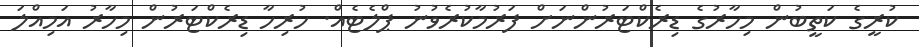
ކުރީގެ ކަތީބުން މިހާރުގެ ޑިރެކްޓަރުންނަށް ފަރުމާކުރެވުނު ޕްލެޓެއް. ހުރިހާ ޑިރެކްޓަރުން މިހާރު އަމިއްލަ